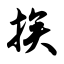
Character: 挨